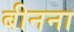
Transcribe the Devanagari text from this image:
बीनना